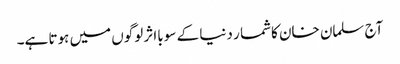
آج سلمان خان کاشما ر دنیا کے سو بااثر لوگوں میں ہوتا ہے۔